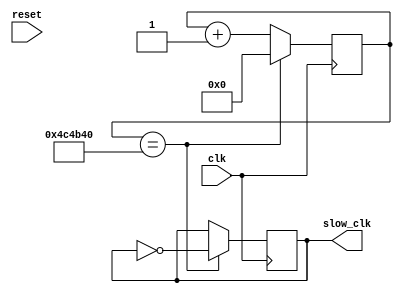
`timescale 1ns / 1ps
//////////////////////////////////////////////////////////////////////////////////
// Company: 
// Engineer: 
// 
// Design Name: 
// Module Name: clkdiv
// Project Name: 
// Target Devices: 
// Tool Versions: 
// Description: 
// 
// Dependencies: 
// 
// Revision:
// Revision 0.01 - File Created
// Additional Comments:
// 
//////////////////////////////////////////////////////////////////////////////////


module clkdiv(
    input clk,
    input reset,
    output slow_clk
    );
    
    
    wire div2, div4, div8;
    reg out;
    initial out = 0;
    reg [31:0] count = 0;
    assign slow_clk = out;
    
    always @(posedge clk) begin   
        if(count == 5000000)//5000000) // 5000000 for 100ms light
        begin
            out = ~out;
            count = 0;
        end 
        else
            count = count + 1;
       
    end
endmodule